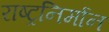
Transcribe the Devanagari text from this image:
राष्ट्रनिर्मान